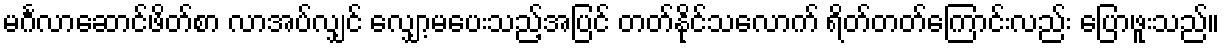
မင်္ဂလာဆောင်ဖိတ်စာ လာအပ်လျှင် လျှော့မပေးသည့်အပြင် တတ်နိုင်သလောက် ရိတ်တတ်ကြောင်းလည်း ပြောဖူးသည်။